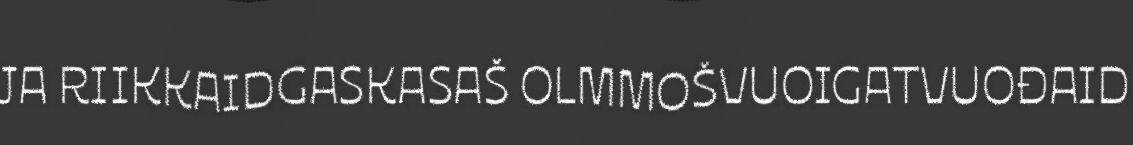
JA RIIKKAIDGASKASAŠ OLMMOŠVUOIGATVUOĐAID